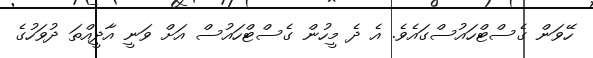
ހޭވަން ގެސްޓްހައުސްގައެވެ. އެ ދެ މީހުން ގެސްޓްހައުސް އަށް ވަނީ އާދީއްތަ ދުވަހުގެ